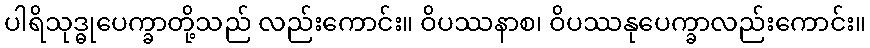
ပါရိသုဒ္ဓုပေက္ခာတို့သည် လည်းကောင်း။ ဝိပဿနာစ၊ ဝိပဿနုပေက္ခာလည်းကောင်း။